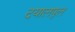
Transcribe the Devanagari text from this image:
दयालपुल